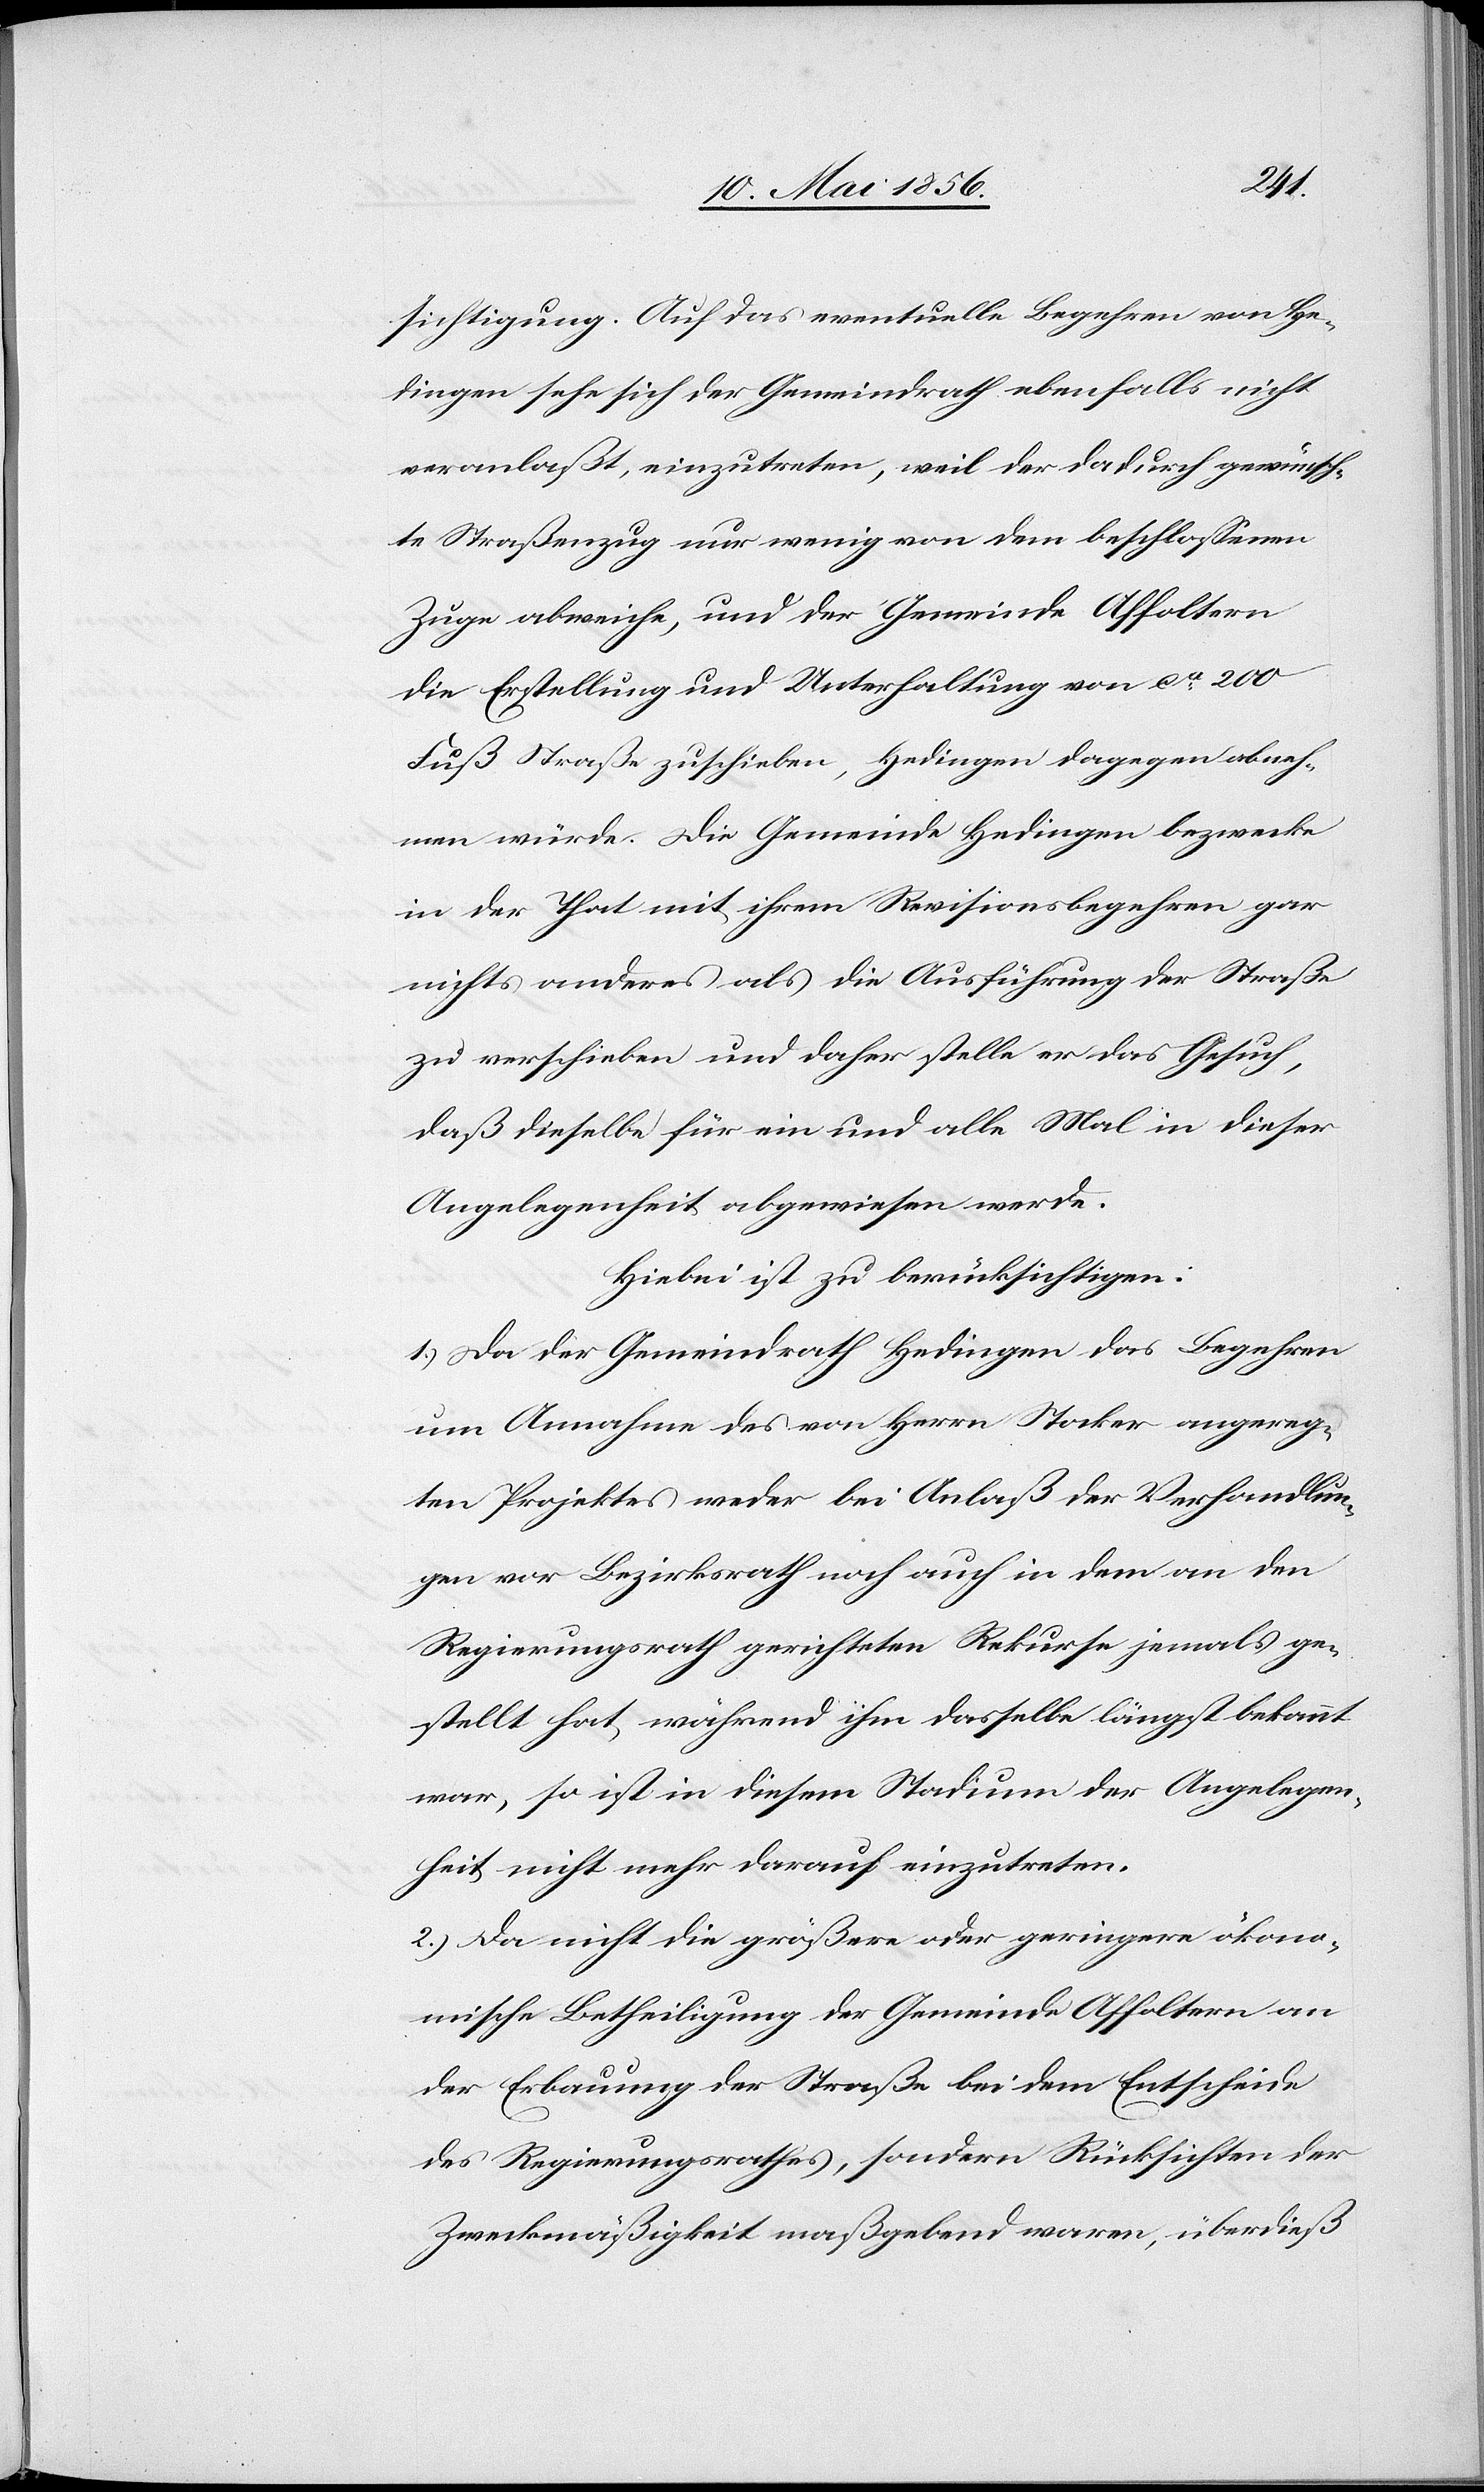
sichtigung. Auf das eventuelle Begehren von He¬
dingen sehe sich der Gemeindrath ebenfalls nicht
veranlaßt, einzutreten, weil der dadurch gewünsch¬
te Straßenzug nur wenig von dem beschlossenen
Zuge abweiche, und der Gemeinde Affoltern
die Erstellung und Unterhaltung von ca 200
Fuß Straße zuschieben, Hedingen dagegen abneh¬
men würde. Die Gemeinde Hedingen bezwecke
in der That mit ihrem Revisionsbegehren gar
nichts anderes als die Ausführung der Straße
zu verschieben und daher stelle er das Gesuch,
daß dieselbe für ein und alle Mal in dieser
Angelegenheit abgewiesen werde.
Hiebei ist zu berücksichtigen:
1.) Da der Gemeindrath Hedingen das Begehren
um Annahme des von Herrn Stocker angereg¬
ten Projektes weder bei Anlaß der Verhandlun¬
gen vor Bezirksrath noch auch in dem an den
Regierungsrath gerichteten Rekurse jemals ge¬
stellt hat, während ihm dasselbe längst bekannt
war, so ist in diesem Stadium der Angelegen¬
heit nicht mehr darauf einzutreten.
2.) Da nicht die größere oder geringere ökono¬
mische Betheiligung der Gemeinde Affoltern an
der Erbauung der Straße bei dem Entscheide
des Regierungsrathes, sondern Rücksichten der
Zweckmäßigkeit maßgebend waren, überdieß